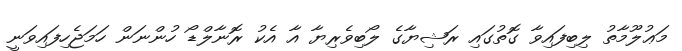
މަޢުލޫމާތު ލިބިފައިވާ ގޮތުގައި ރަޝިޔާގެ ލޯބިވެރިޔާ އާ އެކު ރޮނާލްޑޯ ހުންނަން ހަމަޖެހިފައިވަނީ